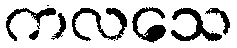
ကလသေ